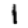
Digit: 1